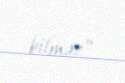
bilməz”.